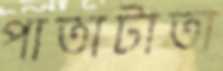
পাতাটাতা